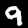
Label: 9